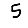
Digit: 5